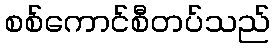
စစ်ကောင်စီတပ်သည်